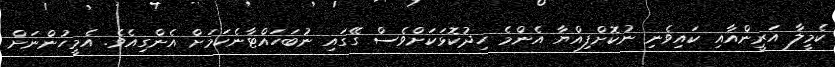
ކެމީލާ އަރީންއާއި ކައިވެނި ނުކޮށްފިއްޔާ އެންމެ ހިދުކޮޅަކަށްވެސް ގޭގައި ނުބަހައްޓާނެކަމަށް އެންގިއެވެ. އެމީހުންނަށް